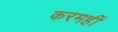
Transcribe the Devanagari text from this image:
करमहीं